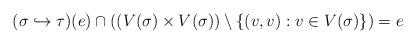
LaTeX: \begin{align*}(\sigma\hookrightarrow\tau)(e)\cap((V(\sigma)\times V(\sigma))\setminus\{(v,v):v\in V(\sigma)\})=e\end{align*}